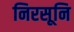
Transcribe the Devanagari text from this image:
निरसूनि